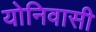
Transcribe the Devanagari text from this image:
योनिवासी